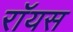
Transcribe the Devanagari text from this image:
राॅयस